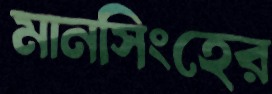
মানসিংহের